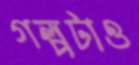
গল্পটাও